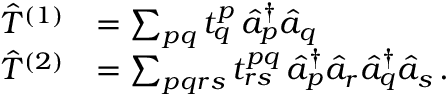
\begin{array} { r l } { \hat { T } ^ { ( 1 ) } } & { = \sum _ { p q } t _ { q } ^ { p } \, \hat { a } _ { p } ^ { \dagger } \hat { a } _ { q } } \\ { \hat { T } ^ { ( 2 ) } } & { = \sum _ { p q r s } t _ { r s } ^ { p q } \, \hat { a } _ { p } ^ { \dagger } \hat { a } _ { r } \hat { a } _ { q } ^ { \dagger } \hat { a } _ { s } \, . } \end{array}